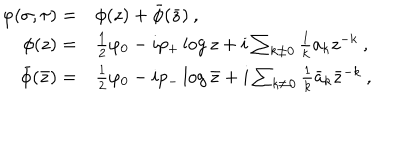
LaTeX: \begin{array} { r l } { { \displaystyle \varphi ( \sigma , \tau ) = } } & { { \phi ( z ) + \bar { \phi } ( \bar { z } ) \: , } } \\ { { \phi ( z ) = } } & { { \frac { 1 } { 2 } \varphi _ { 0 } - i p _ { + } \log z + i \sum _ { k \neq 0 } \frac { 1 } { k } a _ { k } z ^ { - k } \: , } } \\ { { \bar { \phi } ( \bar { z } ) = } } & { { \frac { 1 } { 2 } \varphi _ { 0 } - i p _ { - } \log \bar { z } + i \sum _ { k \neq 0 } \frac { 1 } { k } \bar { a } _ { k } \bar { z } ^ { - k } \: , } } \\ \end{array}